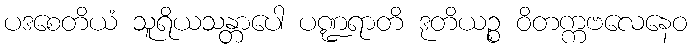
ပဒစေတိယံ သူရိယသန္တာပေါ ပဏ္ဍရာတိ ဒုတိယဉ္စ ဝိတက္ကဗလေနေဝ